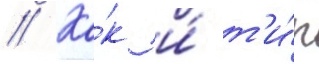
// Ка́к и́ т'и́п